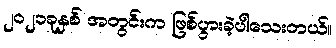
၂၀၂၁ခုနှစ် အတွင်းက ဖြစ်ပွားခဲ့ပါသေးတယ်။